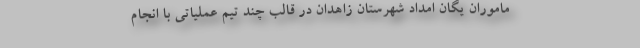
ماموران یگان امداد شهرستان زاهدان در قالب چند تیم عملیاتی با انجام